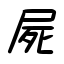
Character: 屍